Indian journal of veterinary science and animal husbandry - Volume 12,
Year: 1942
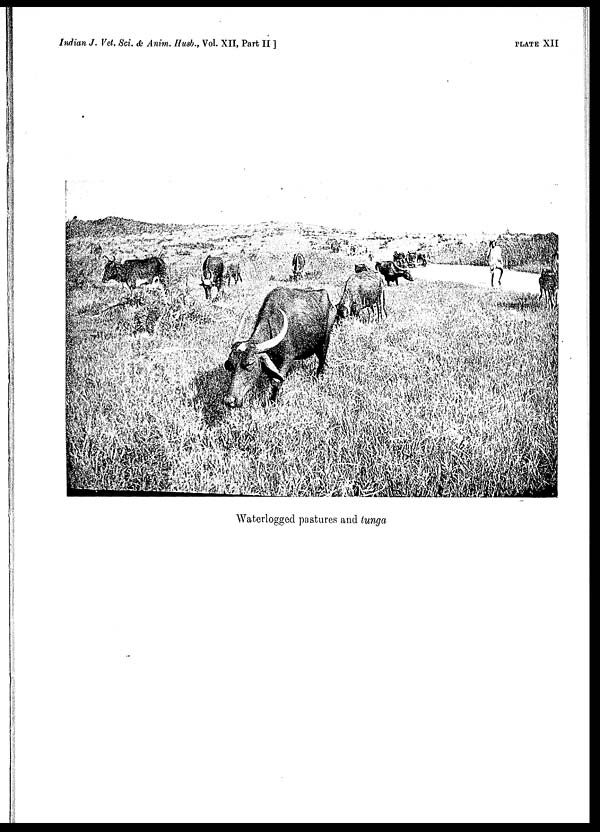
Indian J. Vet. Sci. & Anim. Husb., Vol. XII, Part II ]
PLATE
XII
Waterlogged pastures and tunga